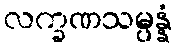
လက္ခဏသမ္ပန္နံ